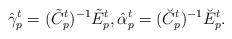
LaTeX: \begin{align*}\hat{\gamma}_p^t=(\tilde{C}_p^t)^{-1}\tilde{E}_p^t,\hat{\alpha}_p^t=(\breve{C}_p^t)^{-1}\breve{E}_p^t.\end{align*}